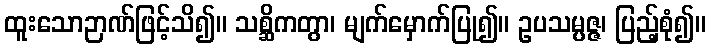
ထူးသောဉာဏ်ဖြင့်သိ၍။ သစ္ဆိကတွာ၊ မျက်မှောက်ပြု၍။ ဥပသမ္ပဇ္ဇ၊ ပြည့်စုံ၍။